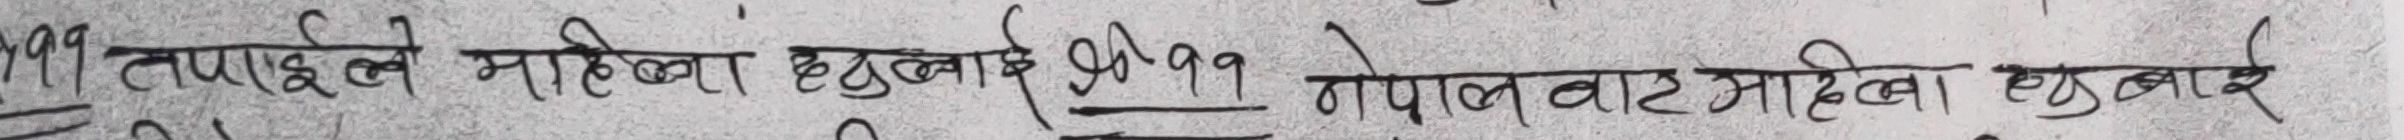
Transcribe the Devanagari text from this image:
१९९ तपाइले महिला छुबाई फोने नेपालबाट महिला छुबाए